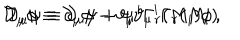
\mathcal { D } _ { \mu } \phi \equiv \partial _ { \mu } \phi - \vartheta _ { \mu } { } ^ { i } \Gamma _ { r } ( M _ { i } ) \phi \, , \hspace { 1 c m } \mathcal { D } _ { \mu } \psi \equiv \partial _ { \mu } \psi + \psi \vartheta _ { \mu } { } ^ { i } \Gamma _ { r } ( M _ { i } ) \,